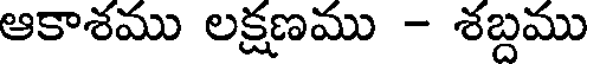
ఆకాశము లక్షణము - శబ్దము